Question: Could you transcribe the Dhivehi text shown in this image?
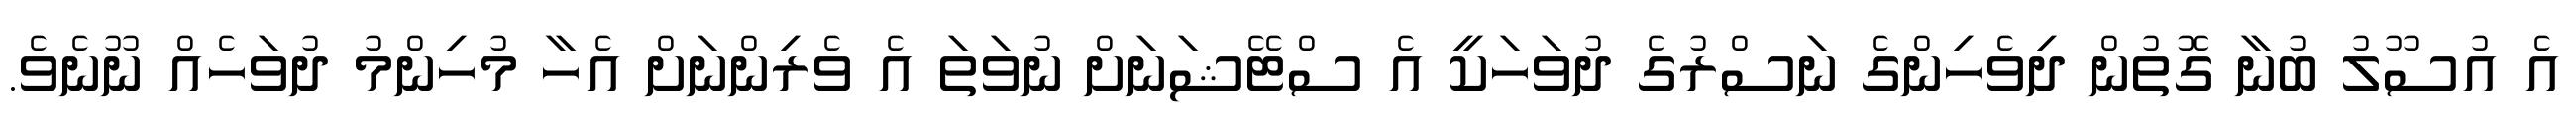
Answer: އެ އުސޫލު ބުނާ ގޮތުން ދިވެހިންގެ ނަސްރުގެ ދުވަހަކީ އެ ސްޓޭޝަނަށް ނުވަތަ އެ ވެރިންނަށް އެހާ މުހިންމު ދުވަހެއް ނޫނެވެ.